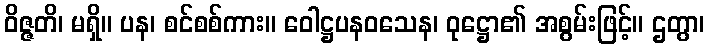
ဝိဇ္ဇတိ၊ မရှိ။ ပန၊ စင်စစ်ကား။ ဝေါဋ္ဌပနဝသေန၊ ဝုဋ္ဌော၏ အစွမ်းဖြင့်။ ဌတွာ၊